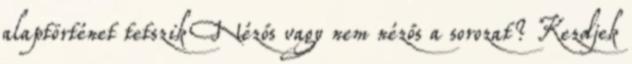
alaptörténet tetszik Nézős vagy nem nézős a sorozat? Kezdjek